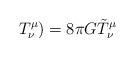
LaTeX: \begin{align*}T^{\mu}_{\nu}) = 8\pi G \tilde T^{\mu}_{\nu} \end{align*}